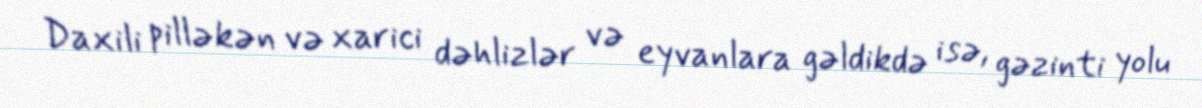
Daxili pilləkən və xarici dəhlizlər və eyvanlara gəldikdə isə, gəzinti yolu